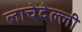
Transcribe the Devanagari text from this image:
लाचेदेल्ली